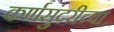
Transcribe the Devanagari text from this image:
कर्णसुंदरीच्या